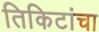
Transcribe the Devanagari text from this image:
तिकिटांचा